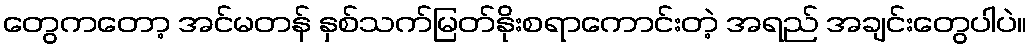
တွေကတော့ အင်မတန် နှစ်သက်မြတ်နိုးစရာကောင်းတဲ့ အရည် အချင်းတွေပါပဲ။